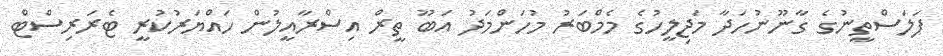
ފަލަސްތީނުގެ ގާނޫނުހަދާ މަޖިލީހުގެ މެމްބަރު މުހަންމަދު އަބޫ ތީރް އިސްރާއީލުން ހައްޔަރުކުރީ ޓެރަރިސްޓް